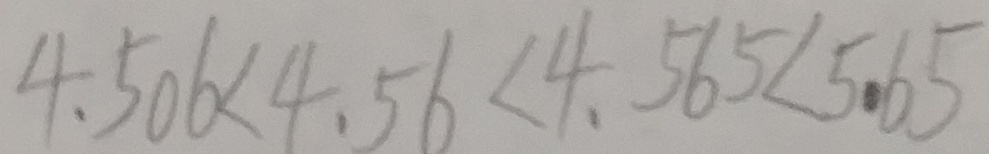
4 . 5 0 6 < 4 . 5 6 < 4 . 5 6 5 < 5 . 6 5